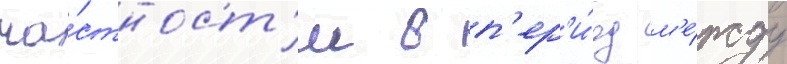
ча́стност'и в п'ер'и́од м'е́жду